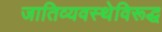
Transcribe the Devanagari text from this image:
जातिव्यवस्थेविरूद्ध